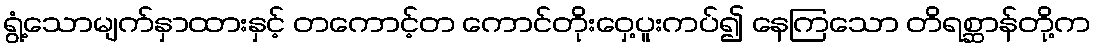
ရွံ့သောမျက်နှာထားနှင့် တကောင့်တ ကောင်တိုးဝှေ့ပူးကပ်၍ နေကြသော တိရစ္ဆာန်တို့က